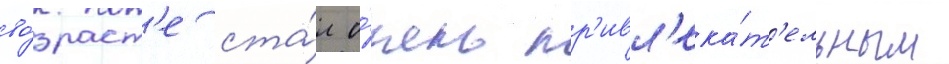
во́зраст'е ста́л о́чень пр'ивл'ека́т'ельным